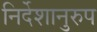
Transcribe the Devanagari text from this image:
निर्देशानुरुप